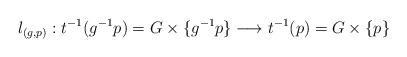
LaTeX: \begin{align*}l_{(g,p)}: t^{-1}(g^{-1}p)=G\times \{g^{-1}p\}\longrightarrow t^{-1}(p)=G\times \{p\}\end{align*}